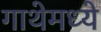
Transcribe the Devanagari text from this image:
गाथेमध्ये